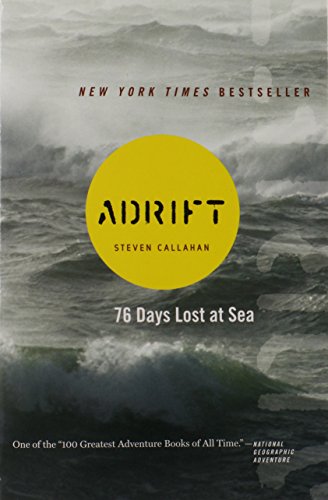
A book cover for Adrift: Seventy-six Days Lost at Sea; Steven Callahan; Sports & Outdoors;